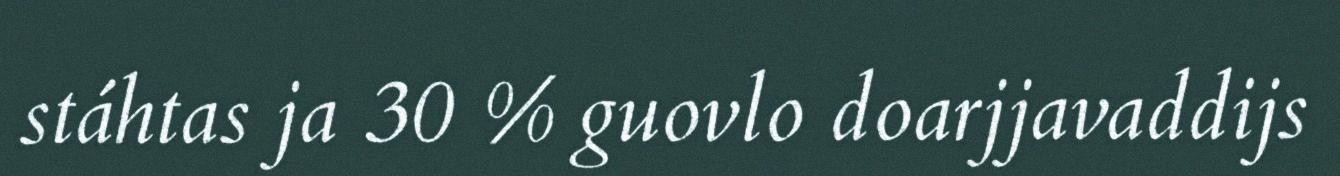
stáhtas ja 30 % guovlo doarjjavaddijs